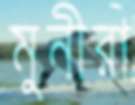
মুনীরা